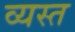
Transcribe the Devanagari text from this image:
व्‍यस्त